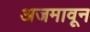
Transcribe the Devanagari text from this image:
अजमावून